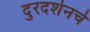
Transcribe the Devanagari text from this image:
दुरदर्शनचे